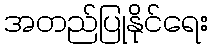
အတည်ပြုနိုင်ရေး